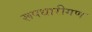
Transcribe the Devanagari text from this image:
रूपधारीगण